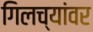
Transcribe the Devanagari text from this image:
गिलच्यांवर